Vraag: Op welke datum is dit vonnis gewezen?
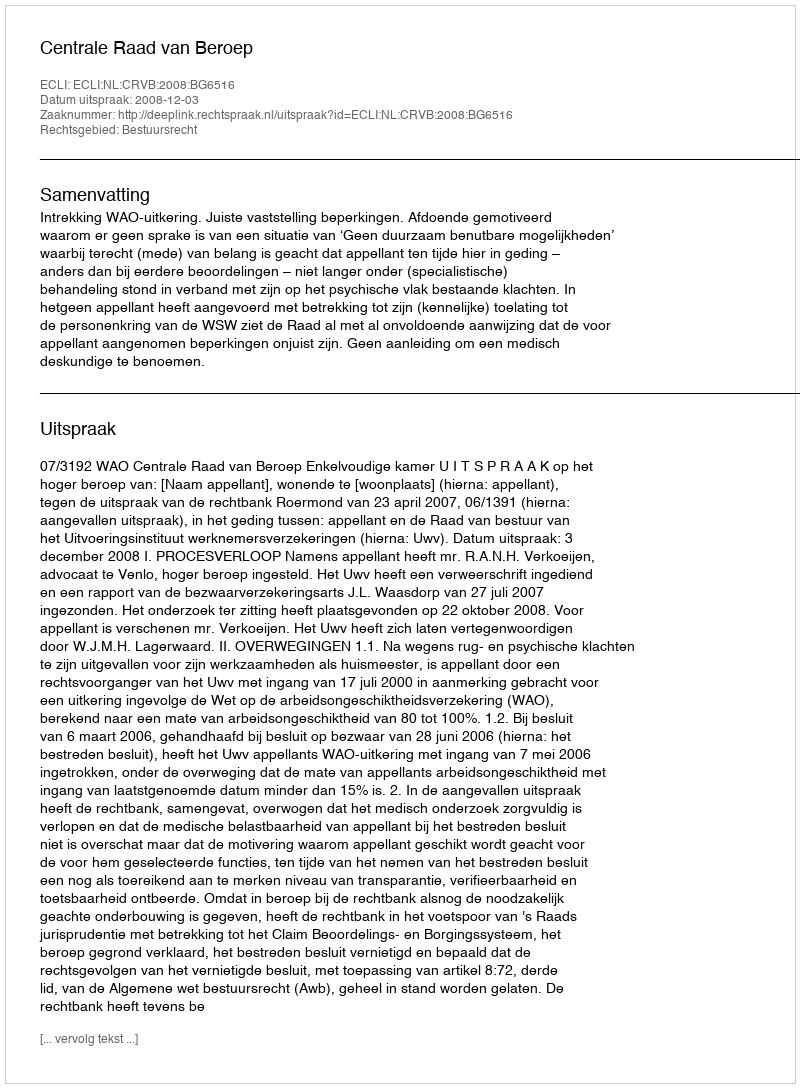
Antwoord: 2008-12-03